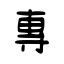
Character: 專